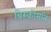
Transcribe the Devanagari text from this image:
बिस्कोमॉन